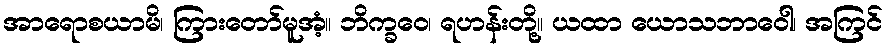
အာရောစယာမိ၊ ကြားတော်မူအံ့။ ဘိက္ခဝေ၊ ရဟန်းတို့။ ယထာ ယောသဘာဝေါ၊ အကြင်